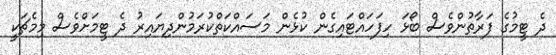
ދެ ޓީމުގެ ފަރާތުންވެސް ބޯޅަ ހިފަހައްޓައިގެން ކުޅެން މަސައްކަތްކުރަމުންދިޔައިރު ދެ ޓީމަށްވެސް މިމެޗަކީ